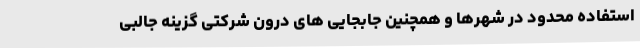
استفاده محدود در شهرها و همچنین جابجایی های درون شرکتی گزینه جالبی